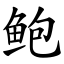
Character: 鲍